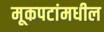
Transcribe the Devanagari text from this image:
मूकपटांमधील